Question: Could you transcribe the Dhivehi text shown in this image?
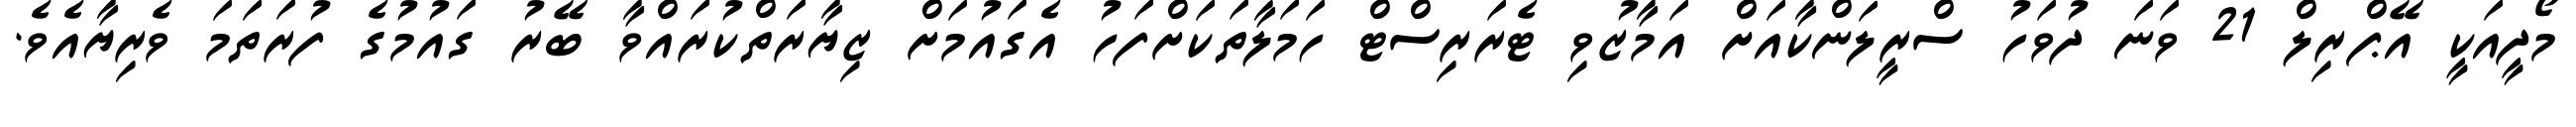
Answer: މޯދީއަކީ އޭޕްރިލް 21 ވަނަ ދުވަހު ސްރީލަންކާއަށް އަމާޒުވި ޓެރަރިސްޓް ހަމަލާތަކަށްފަހު އެގައުމަށް ޒިޔާރަތްކުރައްވާ ބޭރު ގައުމުގެ ފުރަތަމަ ވެރިޔާއެވެ.